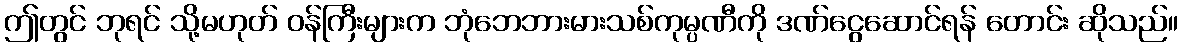
ဤတွင် ဘုရင် သို့မဟုတ် ဝန်ကြီးများက ဘုံဘေဘားမားသစ်ကုမ္ပဏီကို ဒဏ်ငွေဆောင်ရန် တောင်း ဆိုသည်။